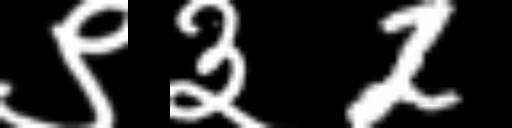
Text: ९३2